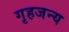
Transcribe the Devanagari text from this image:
गृहजन्य